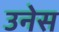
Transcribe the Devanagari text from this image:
उनेस